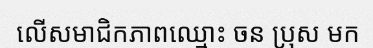
លើសមាជិកភាពឈ្មោះ ចន ប្រុស មក